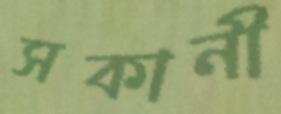
সকানী